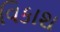
વિકાશ